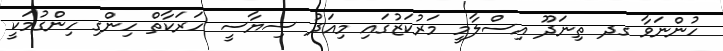
ހުންނަވާ ގދ ތިނަދޫ އިސްލާމީ މަރުކަޒުގައި މިއަދު ސިޔާސީ ހަރަކާތް ހިންގި ހިންގުމަކީ